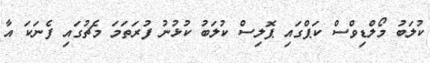
ކުލަބު މޯލްޑިވްސް ކަޕްގައި ޕޮލިސް ކުލަބު ކުޅުނު ފުރަތަމަ މެޗުގައި ފެނަކަ އާ